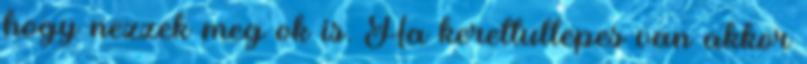
hogy nezzek meg ok is. Ha kerettullepes van akkor